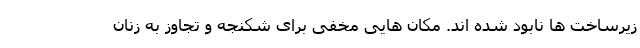
زیرساخت ها نابود شده اند. مکان هایی مخفی برای شکنجه و تجاوز به زنان